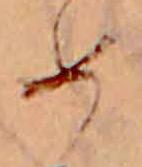
め